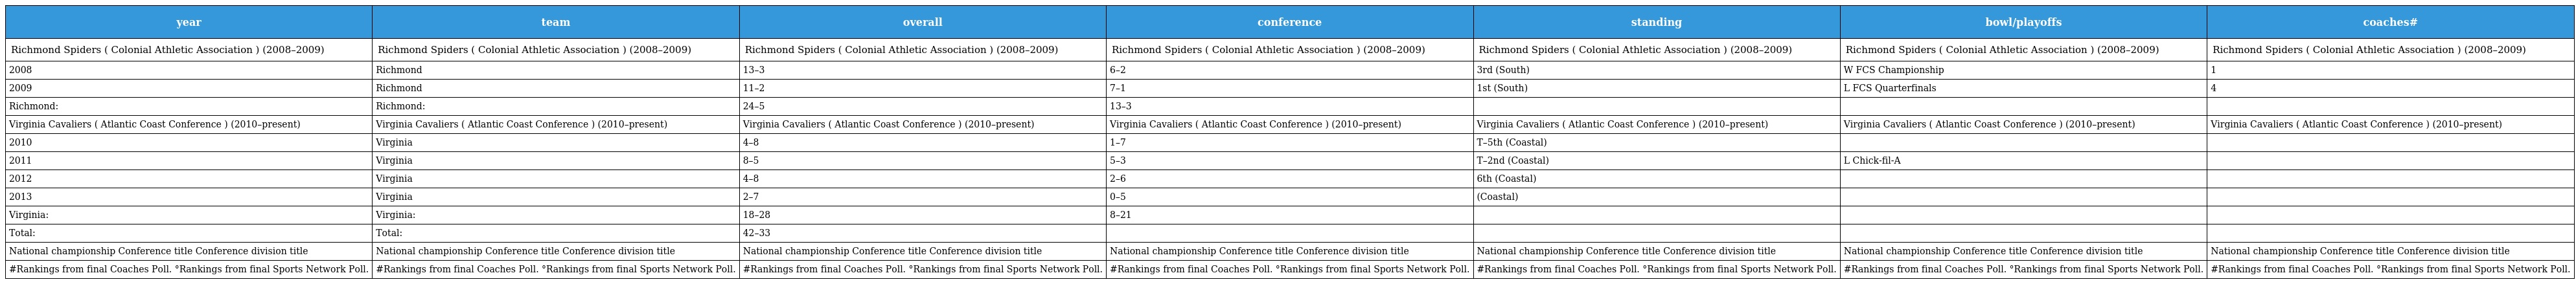
| year | team | overall | conference | standing | bowl/playoffs | coaches# |
 | --- | --- | --- | --- | --- | --- | --- |
 | Richmond Spiders ( Colonial Athletic Association ) (2008–2009) | Richmond Spiders ( Colonial Athletic Association ) (2008–2009) | Richmond Spiders ( Colonial Athletic Association ) (2008–2009) | Richmond Spiders ( Colonial Athletic Association ) (2008–2009) | Richmond Spiders ( Colonial Athletic Association ) (2008–2009) | Richmond Spiders ( Colonial Athletic Association ) (2008–2009) | Richmond Spiders ( Colonial Athletic Association ) (2008–2009) |
 | 2008 | Richmond | 13–3 | 6–2 | 3rd (South) | W FCS Championship | 1 |
 | 2009 | Richmond | 11–2 | 7–1 | 1st (South) | L FCS Quarterfinals | 4 |
 | Richmond: | Richmond: | 24–5 | 13–3 |  |  |  |
 | Virginia Cavaliers ( Atlantic Coast Conference ) (2010–present) | Virginia Cavaliers ( Atlantic Coast Conference ) (2010–present) | Virginia Cavaliers ( Atlantic Coast Conference ) (2010–present) | Virginia Cavaliers ( Atlantic Coast Conference ) (2010–present) | Virginia Cavaliers ( Atlantic Coast Conference ) (2010–present) | Virginia Cavaliers ( Atlantic Coast Conference ) (2010–present) | Virginia Cavaliers ( Atlantic Coast Conference ) (2010–present) |
 | 2010 | Virginia | 4–8 | 1–7 | T–5th (Coastal) |  |  |
 | 2011 | Virginia | 8–5 | 5–3 | T–2nd (Coastal) | L Chick-fil-A |  |
 | 2012 | Virginia | 4–8 | 2–6 | 6th (Coastal) |  |  |
 | 2013 | Virginia | 2–7 | 0–5 | (Coastal) |  |  |
 | Virginia: | Virginia: | 18–28 | 8–21 |  |  |  |
 | Total: | Total: | 42–33 |  |  |  |  |
 | National championship Conference title Conference division title | National championship Conference title Conference division title | National championship Conference title Conference division title | National championship Conference title Conference division title | National championship Conference title Conference division title | National championship Conference title Conference division title | National championship Conference title Conference division title |
 | #Rankings from final Coaches Poll. °Rankings from final Sports Network Poll. | #Rankings from final Coaches Poll. °Rankings from final Sports Network Poll. | #Rankings from final Coaches Poll. °Rankings from final Sports Network Poll. | #Rankings from final Coaches Poll. °Rankings from final Sports Network Poll. | #Rankings from final Coaches Poll. °Rankings from final Sports Network Poll. | #Rankings from final Coaches Poll. °Rankings from final Sports Network Poll. | #Rankings from final Coaches Poll. °Rankings from final Sports Network Poll. |